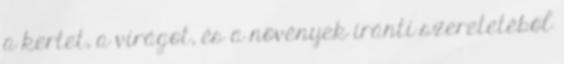
a kertet, a virágot, és a növények iránti szeretetéből